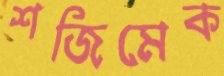
শজিমেক